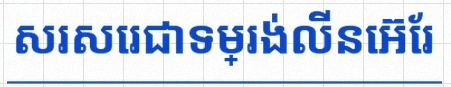
សរសេរជាទម្រង់លីនេអ៊ែរ